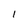
Character: I